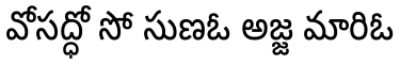
వోసద్ధో సో సుణఓ అజ్జ మారిఓ